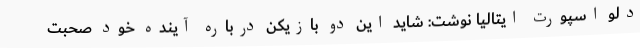
دلو اسپورت ایتالیا نوشت: شاید این دو بازیکن درباره آینده خود صحبت